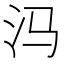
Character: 𰛊